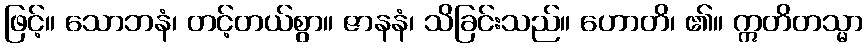
ဖြင့်။ သောဘနံ၊ တင့်တယ်စွာ။ ဇာနနံ၊ သိခြင်းသည်။ ဟောတိ၊ ၏။ ဣတိတသ္မာ